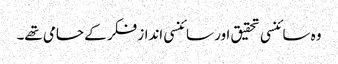
وہ سائنسی تحقیق اور سائنسی انداز فکر کے حامی تھے۔